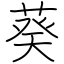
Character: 葵